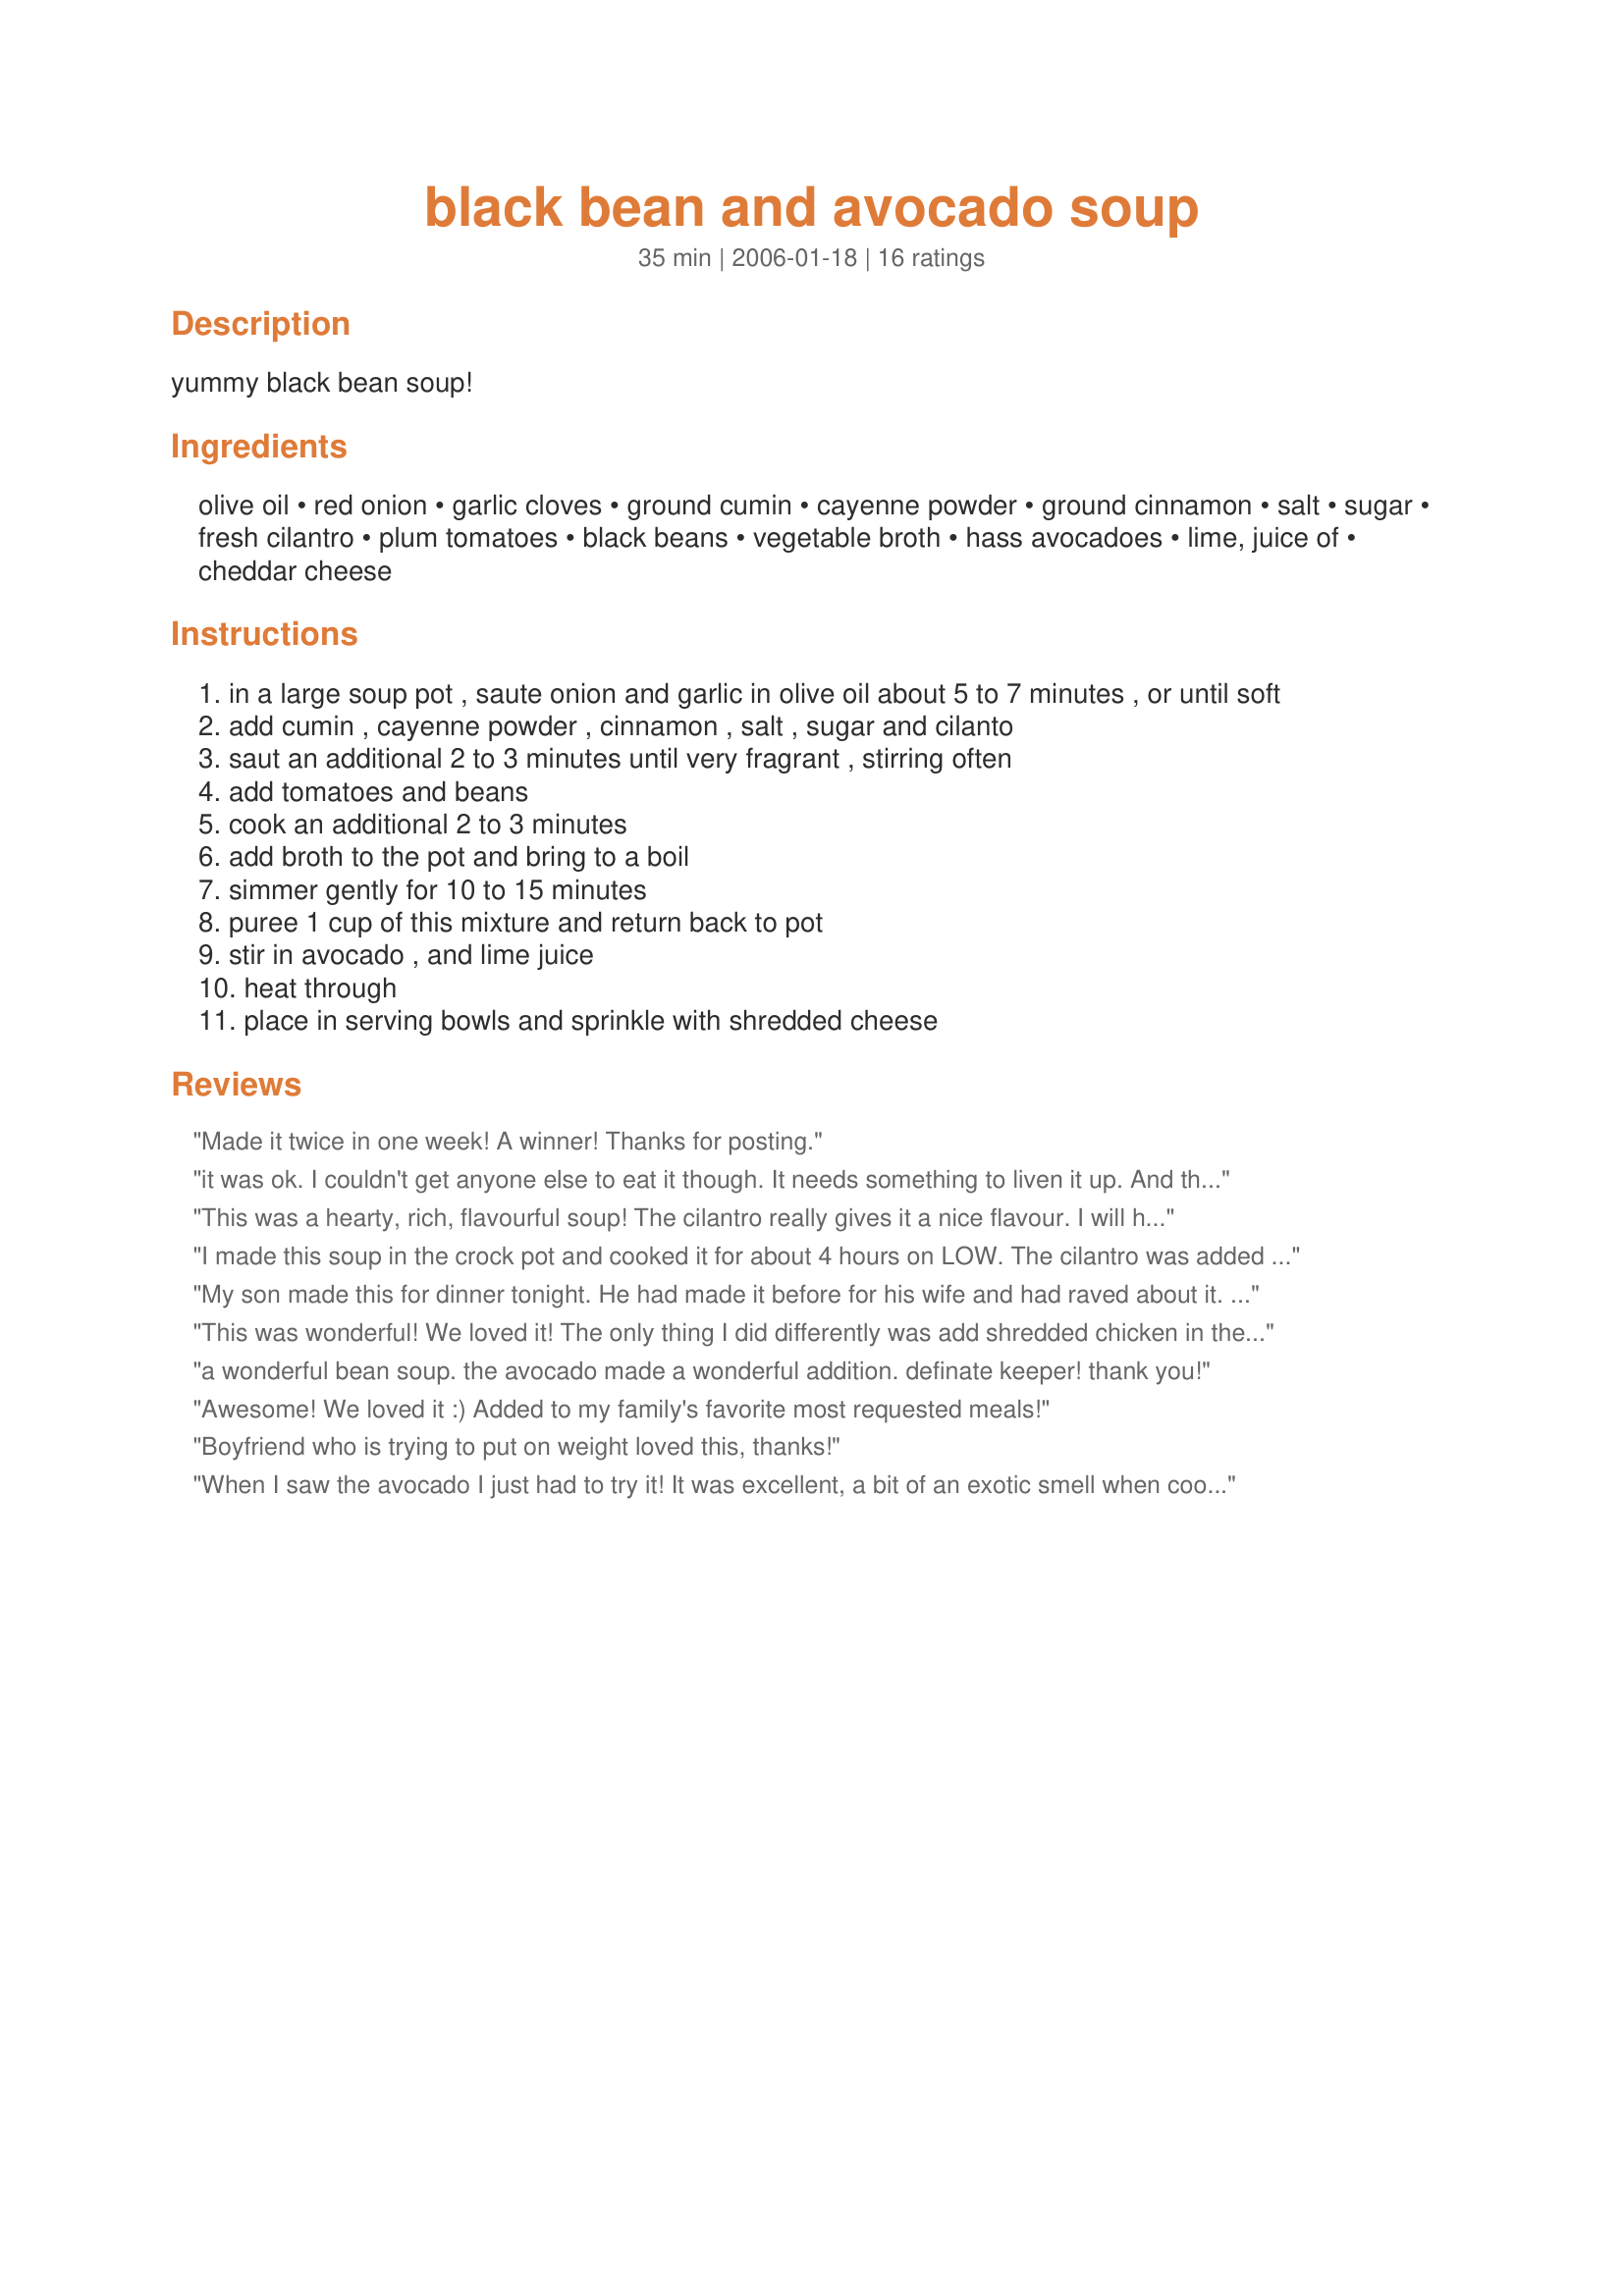
black bean and avocado soup
Preparation time: 35 minutes

yummy black bean soup!

Ingredients:
olive oil, red onion, garlic cloves, ground cumin, cayenne powder, ground cinnamon, salt, sugar, fresh cilantro, plum tomatoes, black beans, vegetable broth, hass avocadoes, lime, juice of, cheddar cheese

Steps:
in a large soup pot , saute onion and garlic in olive oil about 5 to 7 minutes , or until soft
add cumin , cayenne powder , cinnamon , salt , sugar and cilanto
saut an additional 2 to 3 minutes until very fragrant , stirring often
add tomatoes and beans
cook an additional 2 to 3 minutes
add broth to the pot and bring to a boil
simmer gently for 10 to 15 minutes
puree 1 cup of this mixture and return back to pot
stir in avocado , and lime juice
heat through
place in serving bowls and sprinkle with shredded cheese

Reviews:
Made it twice in one week! A winner! Thanks for posting.
it was ok. I couldn't get anyone else to eat it though. It needs something to liven it up. And the avocados ended up as bland little chunks.
This was a hearty, rich, flavourful soup! The cilantro really gives it a nice flavour. I will hang on to this recipe for sure.
I made this soup in the crock pot and cooked it for about 4 hours on LOW. The cilantro was added at the end as a garnish for each serving. Someone ate my avocados (or, I should say make guacamole out of them) and I had to dollop the soup with guacamole. I love the cinnamon in this! I used a combination of extra sharp cheddar cheese and Syrian cheese and fresh toms. *ooops, forgot to add that the combination of onion with the cumin and other spices is worth the price of admission! Heavenly!! Thank you, ~Parsley~! Another winner! cg ;) Made for ZWT 2009.
My son made this for dinner tonight. He had made it before for his wife and had raved about it. It was AMAZING!
This was wonderful! We loved it! The only thing I did differently was add shredded chicken in the soup for additional protein per my hubby&#039;s request. I don&#039;t eat cheese so I ate it with a spoonful of full fat plain greek yogurt and it was delightful! Avocados are a super food and are eaten often in our home, we eat at least 2 a day, so I&#039;m always looking for recipes that can incorporate avocados somehow. This one is a keeper! Thank you for sharing!
a wonderful bean soup. the avocado made a wonderful addition. definate keeper! thank you!
Awesome! We loved it :) Added to my family's favorite most requested meals!
Boyfriend who is trying to put on weight loved this, thanks!
When I saw the avocado I just had to try it! It was excellent, a bit of an exotic smell when cooking with the cinnamon like middle easter cuisine and the taste was fabulous. I only used 1 teaspoon of cumin becasue I didn't want it to taste like chili but I think it could have used the 2 teaspoons, next time I will use 2 tsp. I think I would also double the cilantro to 1 cup chopped. What a great way to get your fiber and good fats!
Comforting and flavorful. The avocado adds a neat texture. I also went easy on the cumin and cayenne, and cooked with a 2" cinnamon stick removed before serving. An immersion blender worked nicely, too. A definite do again.
Soup is a four-letter word in DH's book. But we both loved this one and he asked me to make it again. Imagine that. Thanks, Parsley!!!
What a delicious soup. The addition of avocado is inspired and makes a humble bean soup extradinary. I won't change a thing next time, however I would caution against adding too much lime juice. Add it incrementally to avoid that.
Thanks for sharing!
This soup is awesome! My husband is a huge fan of soup and this one will definitely be made again.
This is yummy! I love the different spices mixed together, my kitchen smells amazing. I only used one tsp. of cumin, and 1/4 tsp. of cayenne powder. I skipped the cheddar cheese...but I'm tempted to try the soup with a spoonful of sour cream as a garnish. :)
